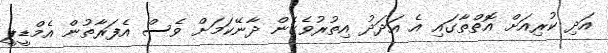
އަދި ކުރިއަށް އޮތްތާގައި އެ އަދަދު އިތުރުވެގެން ދާނޭކަމަށް ވެސް އެފަރާތުން އެމްޑީޕީ